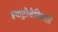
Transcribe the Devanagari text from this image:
इयाट्रोजेनिकली